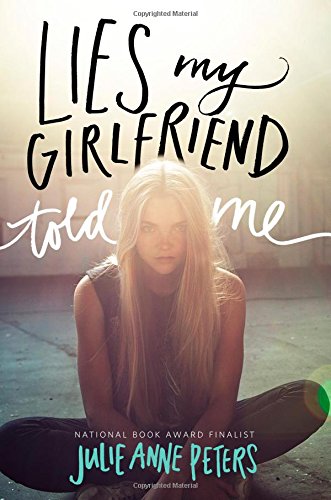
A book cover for Lies My Girlfriend Told Me; Julie Anne Peters; Teen & Young Adult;